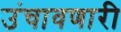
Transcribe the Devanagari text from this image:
उंचावणारी